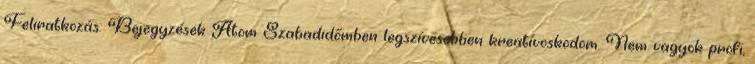
Feliratkozás: Bejegyzések Atom Szabadidőmben legszívesebben kreatívoskodom. Nem vagyok profi,